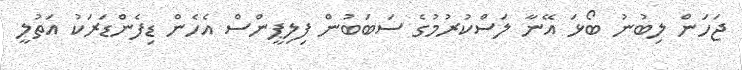
ޖަހަން ލިބުނު ބޯޅަ އޭނާ ލަސްކުރުމުގެ ސަބަބުން ފިލިޕީންސް އެހެން ޑިފެންޑަރަކު އަތުލީ